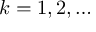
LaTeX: k = 1 , 2 , \dots